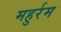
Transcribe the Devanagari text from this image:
महुर्रम